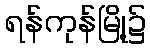
ရန်ကုန်မြို့၌